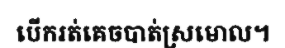
បើករត់គេចបាត់ស្រមោល។